Indian journal of veterinary science and animal husbandry - Volumes 18-21, 1948-1951
Year: 1948
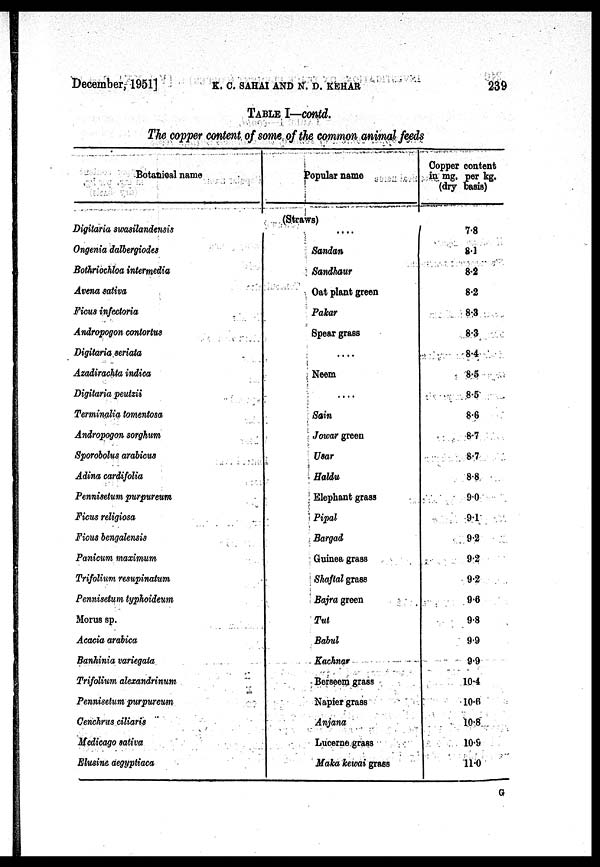
December, 1951]
K.
C.
SAHAI
AND
N.
D.
KEHAR
239
TABLE I—contd.
The copper content of some of the common animal feeds
Botanioal name
Digitaria swasilandensis
Ongenia dalbergiodes
Bothriochloa intermedia
Avena sativa
Ficus infectoria
Andropogon contorius
Digitaria seriata
Azadirachta indica
Digitaria peutzii
Terminalia tomentosa
Andropogon sorghum
Sporobolus arabicus
Adina cardifolia
Penniselum purpureum
Ficus religiosa
Ficus bengalensis
Panicum maximum
Trifolium resupinatum
Pennisetum typhoideum
Morus sp.
Acacia arabica
Banhinia variegala
Trifolium alexandrinum
Pennisetum purpureum
Cenchrus ciliaris
Medicago saliva
Elusine aegyptiaca
Popular name
(Straws)
....
Sandan
Sandhaur
Oat plant green
Pakar
Spear grass
....
Neem
....
Sain
Jowar green
Usar
Baldu
Elephant grass
Pipal
Bargad
Guinea grass
Shaftal grass
Bajra green
Tut
Babul
Kachnar
Berseem grass
Napier grass
Anjana
Lucerne grass
Maka kewai grass
Copper content
in mg. per kg.
(dry basis)
7.8
8.1
8.2
8.2
8.3
8.3
8.4
8.5
8.5
8.6
8.7
8.7
8.8
9.0
9.1
9.2
9.2
9.2
9.8
9.8
9.9
9.9
10.4
10.8
10.8
10.9
11.0
G